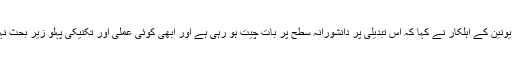
يورپی يونين کے اہلکار نے کہا کہ اس تبديلی پر دانشورانہ سطح پر بات چيت ہو رہی ہے اور ابھی کوئی عملی اور تکنيکی پہلو زير بحث نہيں ہيں۔